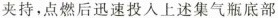
夹持，点燃后迅速投入上述集气瓶底部